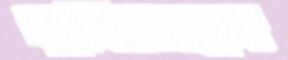
খুদিতেছেন